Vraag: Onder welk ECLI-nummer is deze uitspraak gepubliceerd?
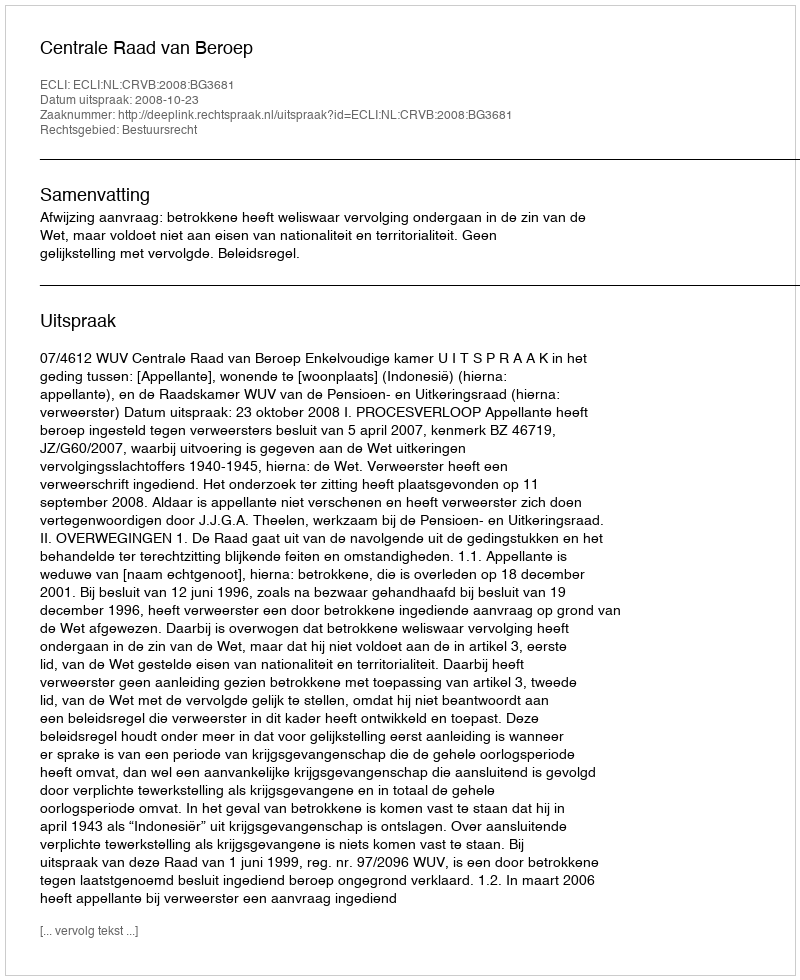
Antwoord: ECLI:NL:CRVB:2008:BG3681